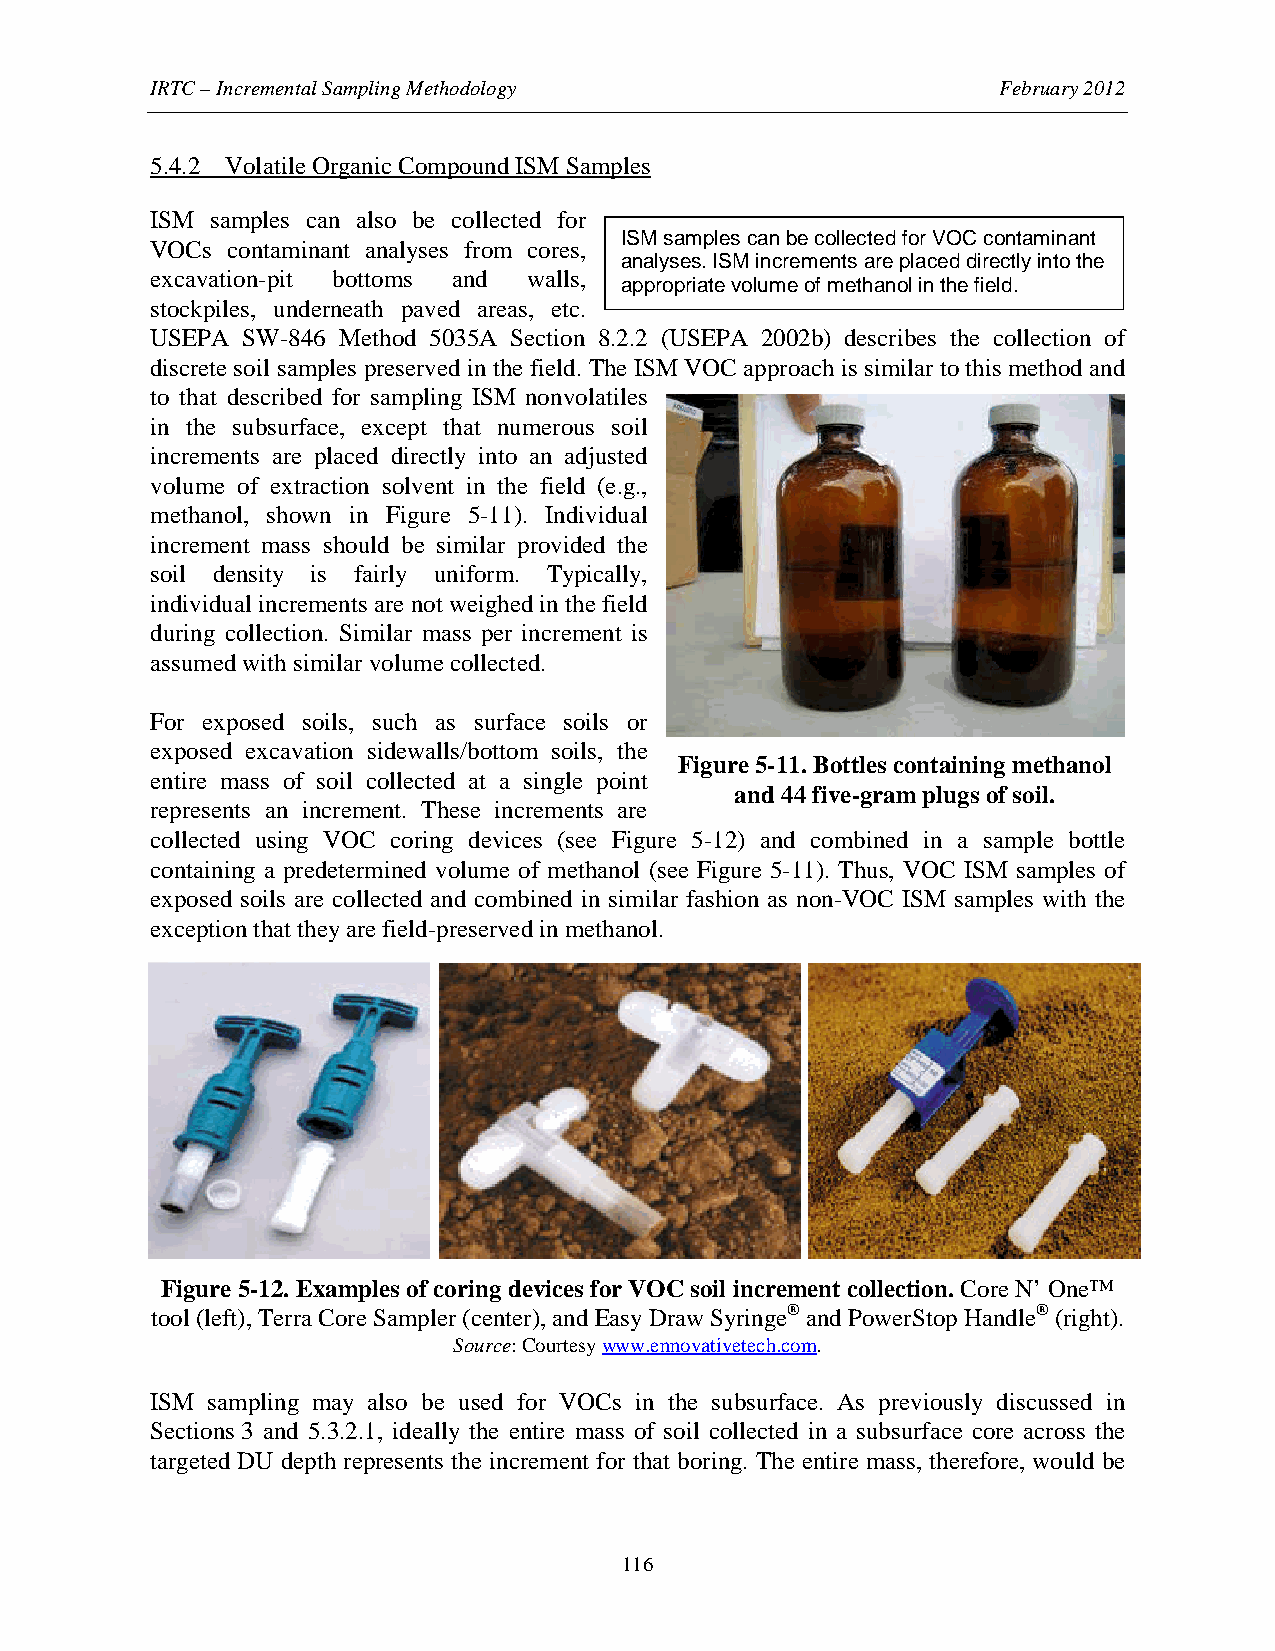
IRTC – Incremental Sampling Methodology                 February 2012
 5.4.2 Volatile Organic Compound ISM Samples
 ISM samples can also be collected for
 ISM samples can be collected for VOC contaminant
 VOCs contaminant analyses from cores,
 analyses. ISM increments are placed directly into the
 excavation-pit bottoms and walls,
 appropriate volume of methanol in the field.
 stockpiles, underneath paved areas, etc.
 USEPA SW-846 Method 5035A Section 8.2.2 (USEPA 2002b) describes the collection of
 discrete soil samples preserved in the field. The ISM VOC approach is similar to this method and
 to that described for sampling ISM nonvolatiles
 in the subsurface, except that numerous soil
 increments are placed directly into an adjusted
 volume of extraction solvent in the field (e.g.,
 methanol, shown in Figure 5-11). Individual
 increment mass should be similar provided the
 soil density is fairly uniform. Typically,
 individual increments are not weighed in the field
 during collection. Similar mass per increment is
 assumed with similar volume collected.
 For exposed soils, such as surface soils or
 exposed excavation sidewalls/bottom soils, the
 Figure 5-11. Bottles containing methanol
 entire mass of soil collected at a single point
 and 44 five-gram plugs of soil.
 represents an increment. These increments are
 collected using VOC coring devices (see Figure 5-12) and combined in a sample bottle
 containing a predetermined volume of methanol (see Figure 5-11). Thus, VOC ISM samples of
 exposed soils are collected and combined in similar fashion as non-VOC ISM samples with the
 exception that they are field-preserved in methanol.
 Figure 5-12. Examples of coring devices for VOC soil increment collection. Core N’ One™
 tool (left), Terra Core Sampler (center), and Easy Draw Syringe® and PowerStop Handle® (right).
 Source: Courtesy www.ennovativetech.com.
 ISM sampling may also be used for VOCs in the subsurface. As previously discussed in
 Sections 3 and 5.3.2.1, ideally the entire mass of soil collected in a subsurface core across the
 targeted DU depth represents the increment for that boring. The entire mass, therefore, would be
 116